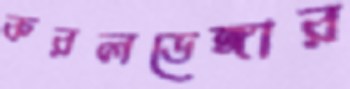
করলডেঙ্গার